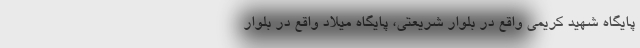
پایگاه شهید کریمی واقع در بلوار شریعتی، پایگاه میلاد واقع در بلوار